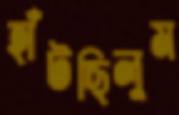
হাঁটছিলুম